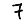
Digit: 7